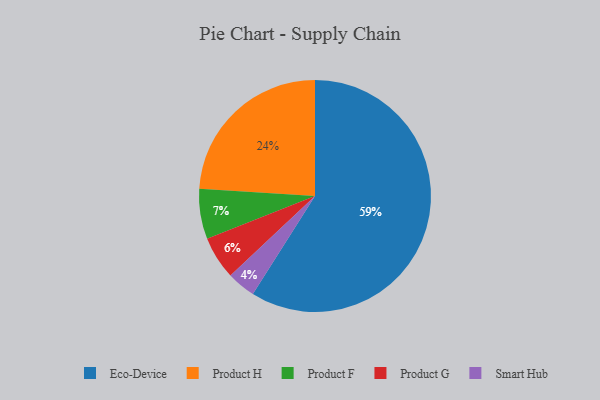
{"axis": {"x": "Category", "y": "Percentage"}, "legend": ["Eco-Device", "Product F", "Product G", "Product H", "Smart Hub"], "data": [{"x": "Product F", "y": 7, "type": "Product F"}, {"x": "Product G", "y": 6, "type": "Product G"}, {"x": "Eco-Device", "y": 59, "type": "Eco-Device"}, {"x": "Product H", "y": 24, "type": "Product H"}, {"x": "Smart Hub", "y": 4, "type": "Smart Hub"}]}